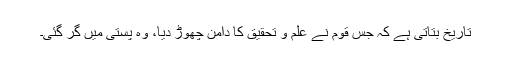
تاریخ بتاتی ہے کہ جس قوم نے علم و تحقیق کا دامن چھوڑ دیا، وہ پستی میں گر گئی۔